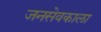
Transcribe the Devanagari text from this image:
जनसेवकाला